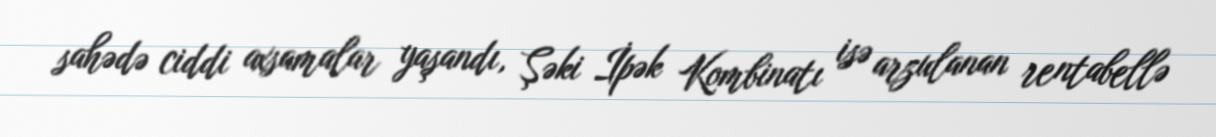
sahədə ciddi axsamalar yaşandı, Şəki İpək Kombinatı isə arzulanan rentabellə